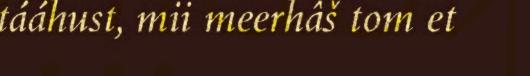
tááhust, mii meerhâš tom et